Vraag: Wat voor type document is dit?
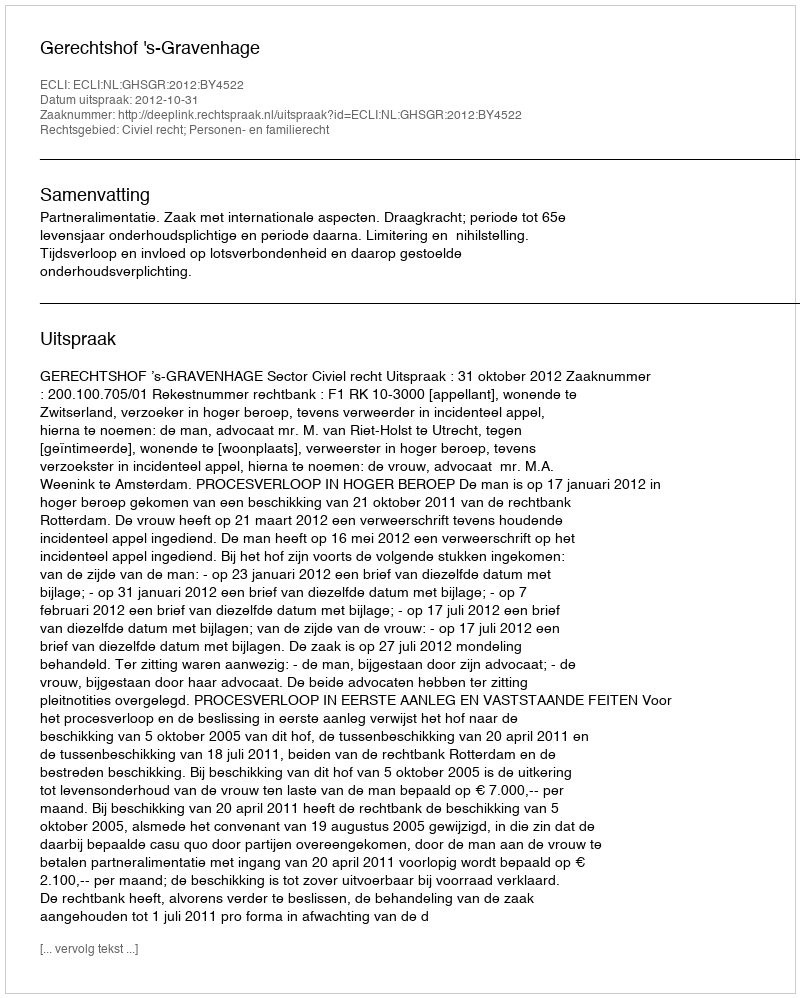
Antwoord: Uitspraak